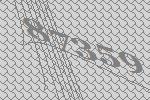
87359